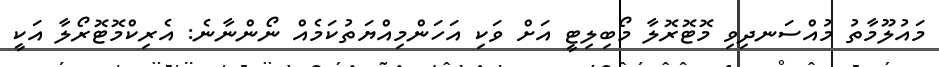
މައުލޫމާތު މުއްސަނދިވި މޮޓޮރޮލާ މޯބިލިޓީ އަށް ވަކި އަހަންމިއްޔަތުކަމެއް ނޯންނާނެ: އެރިކްމޮޓޮރޯލާ އަކީ